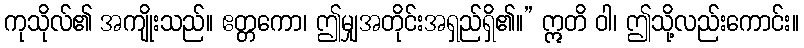
ကုသိုလ်၏ အကျိုးသည်။ ဧတ္တကော၊ ဤမျှအတိုင်းအရှည်ရှိ၏။” ဣတိ ဝါ၊ ဤသို့လည်းကောင်း။